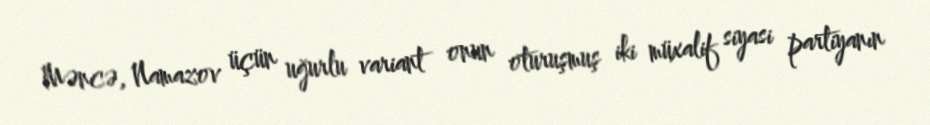
Məncə, Namazov üçün uğurlu variant onun oturuşmuş iki müxalif siyasi partiyanın